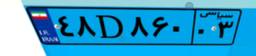
۷۶D۲۴۵۶۲